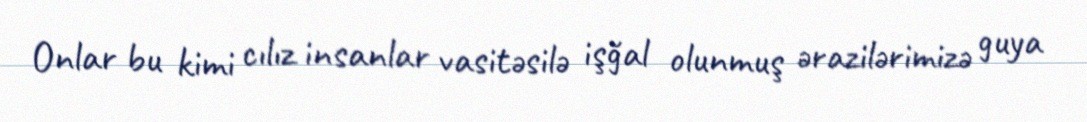
Onlar bu kimi cılız insanlar vasitəsilə işğal olunmuş ərazilərimizə guya